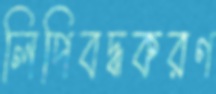
লিপিবদ্ধকরণ